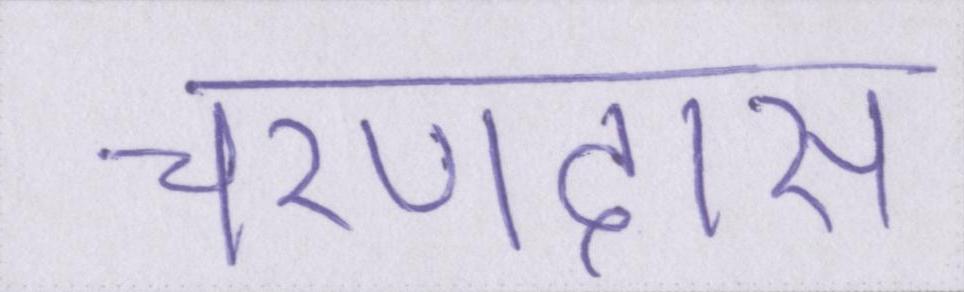
चरणदास